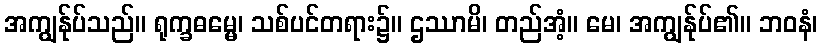
အကျွန်ုပ်သည်။ ရုက္ခဓမ္မေ၊ သစ်ပင်တရား၌။ ဌဿာမိ၊ တည်အံ့။ မေ၊ အကျွန်ုပ်၏။ ဘဝနံ၊